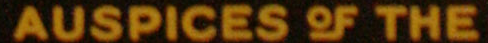
AUSPICES OF THE